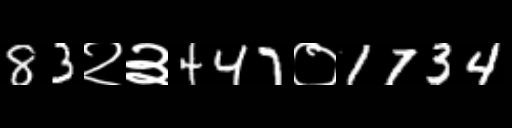
Text: 83२३447०1734